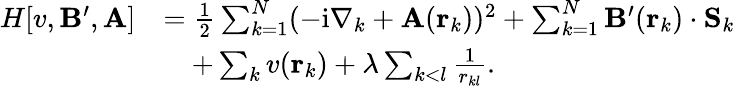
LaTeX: \begin{array}{rl}{H[v,\mathbf{B}^{\prime},\mathbf{A}]}&{=\frac{1}{2}\sum_{k=1}^{N}(-\mathrm{i}\nabla_{k}+\mathbf{A}(\mathbf{r}_{k}))^{2}+\sum_{k=1}^{N}\mathbf{B}^{\prime}(\mathbf{r}_{k})\cdot\mathbf{S}_{k}}\\ &{\quad+\sum_{k}v(\mathbf{r}_{k})+\lambda\sum_{k<l}\frac{1}{r_{kl}}.}\end{array}